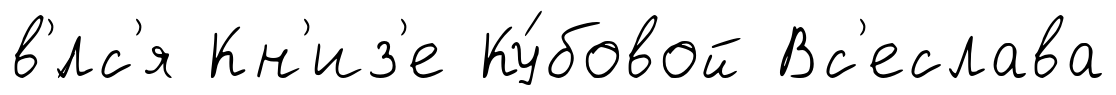
в'́лс'я Кн'из'е Ку́бовой Вс'еслава